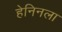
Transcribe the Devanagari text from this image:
हेनिनला